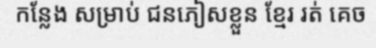
កន្លែង សម្រាប់ ជនភៀសខ្លួន ខ្មែរ រត់ គេច